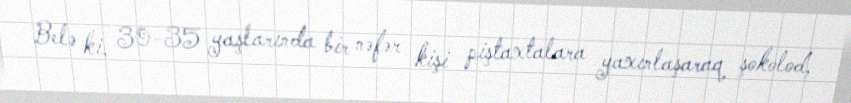
Belə ki, 30-35 yaşlarında bir nəfər kişi piştaxtalara yaxınlaşaraq şokolod,